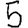
Digit: 5